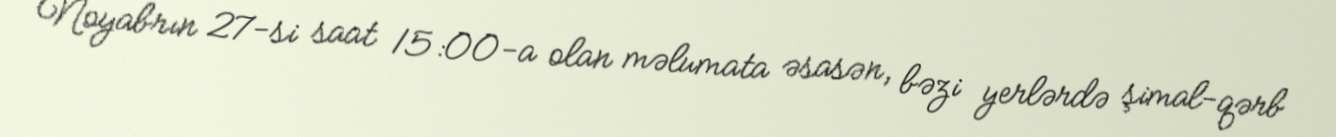
Noyabrın 27-si saat 15:00-a olan məlumata əsasən, bəzi yerlərdə şimal-qərb